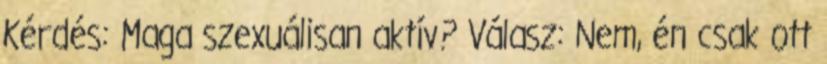
Kérdés: Maga szexuálisan aktív? Válasz: Nem, én csak ott